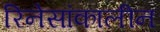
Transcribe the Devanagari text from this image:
रिनेसांकालीन